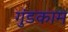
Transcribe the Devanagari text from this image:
गुंडकाम